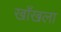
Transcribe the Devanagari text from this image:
खाँखला